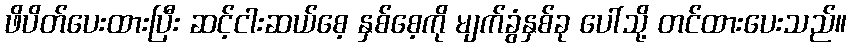
ဖိပိတ်ပေးထားပြီး ဆင့်ငါးဆယ်စေ့ နှစ်စေ့ကို မျက်ခွံနှစ်ခု ပေါ်သို့ တင်ထားပေးသည်။